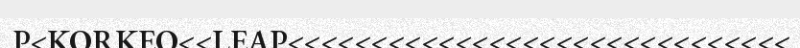
P<KORKEO<<LEAP<<<<<<<<<<<<<<<<<<<<<<<<<<<<<<